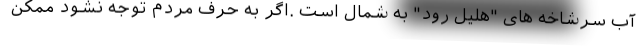
آب سرشاخه های "هلیل رود" به شمال است .اگر به حرف مردم توجه نشود ممکن